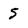
Character: 5